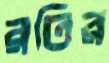
রতির